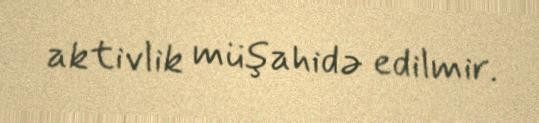
aktivlik müşahidə edilmir.